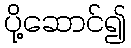
ပို့ဆောင်၍